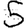
Digit: 5